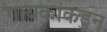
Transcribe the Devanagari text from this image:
गायकांकडुन